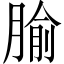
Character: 腧